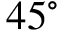
4 5 ^ { \circ }